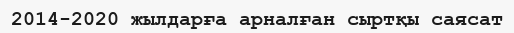
2014-2020 жылдарға арналған сыртқы саясат